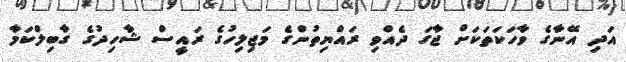
އަދި އޭނާގެ ވާހަކަތަކަށް ޖާގަ ދެއްވި ރައްޔިތުންގެ މަޖިލިހުގެ ރައީސް ޝާހިދުގެ ގާބިލްކަމާ